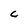
Character: C